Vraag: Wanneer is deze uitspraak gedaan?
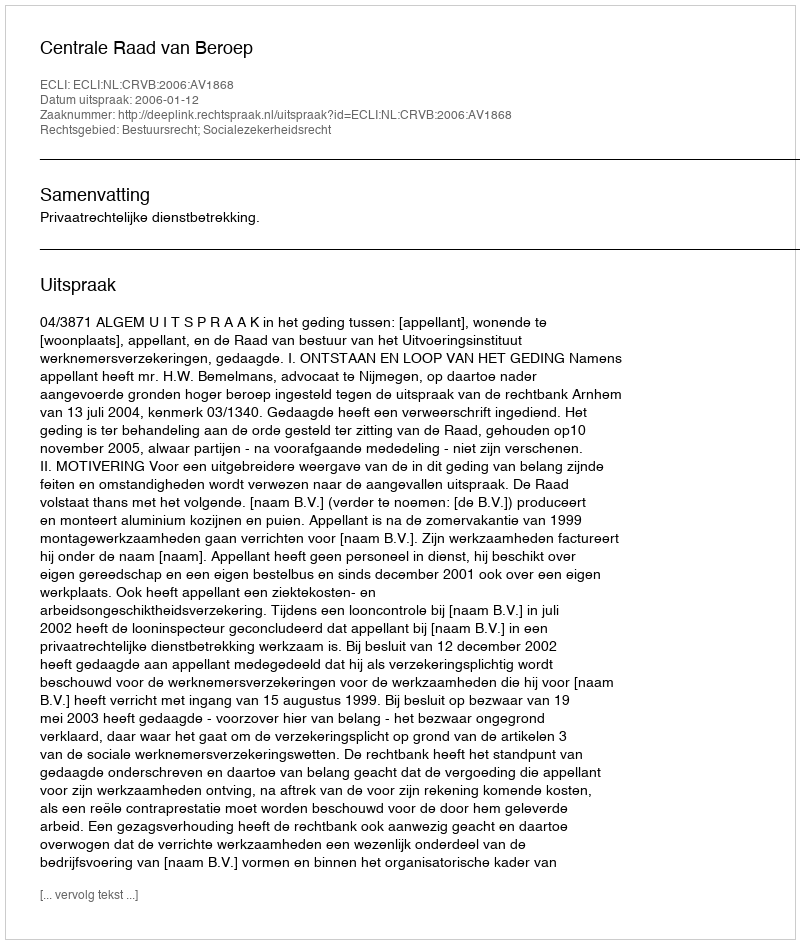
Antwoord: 2006-01-12